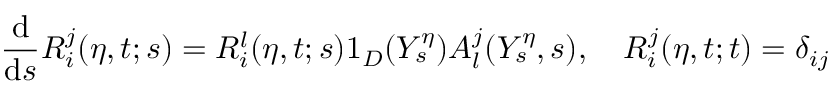
\frac { \mathrm { d } } { \mathrm { d } s } R _ { i } ^ { j } ( \eta , t ; s ) = R _ { i } ^ { l } ( \eta , t ; s ) 1 _ { D } ( Y _ { s } ^ { \eta } ) A _ { l } ^ { j } ( Y _ { s } ^ { \eta } , s ) , \quad R _ { i } ^ { j } ( \eta , t ; t ) = \delta _ { i j }